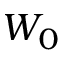
W _ { 0 }